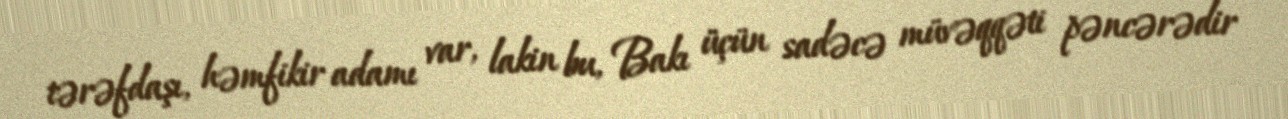
tərəfdaşı, həmfikir adamı var, lakin bu, Bakı üçün sadəcə müvəqqəti pəncərədir